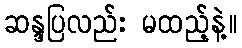
ဆန္ဒပြလည်း မထည့်နဲ့။